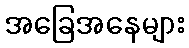
အခြေအနေများ